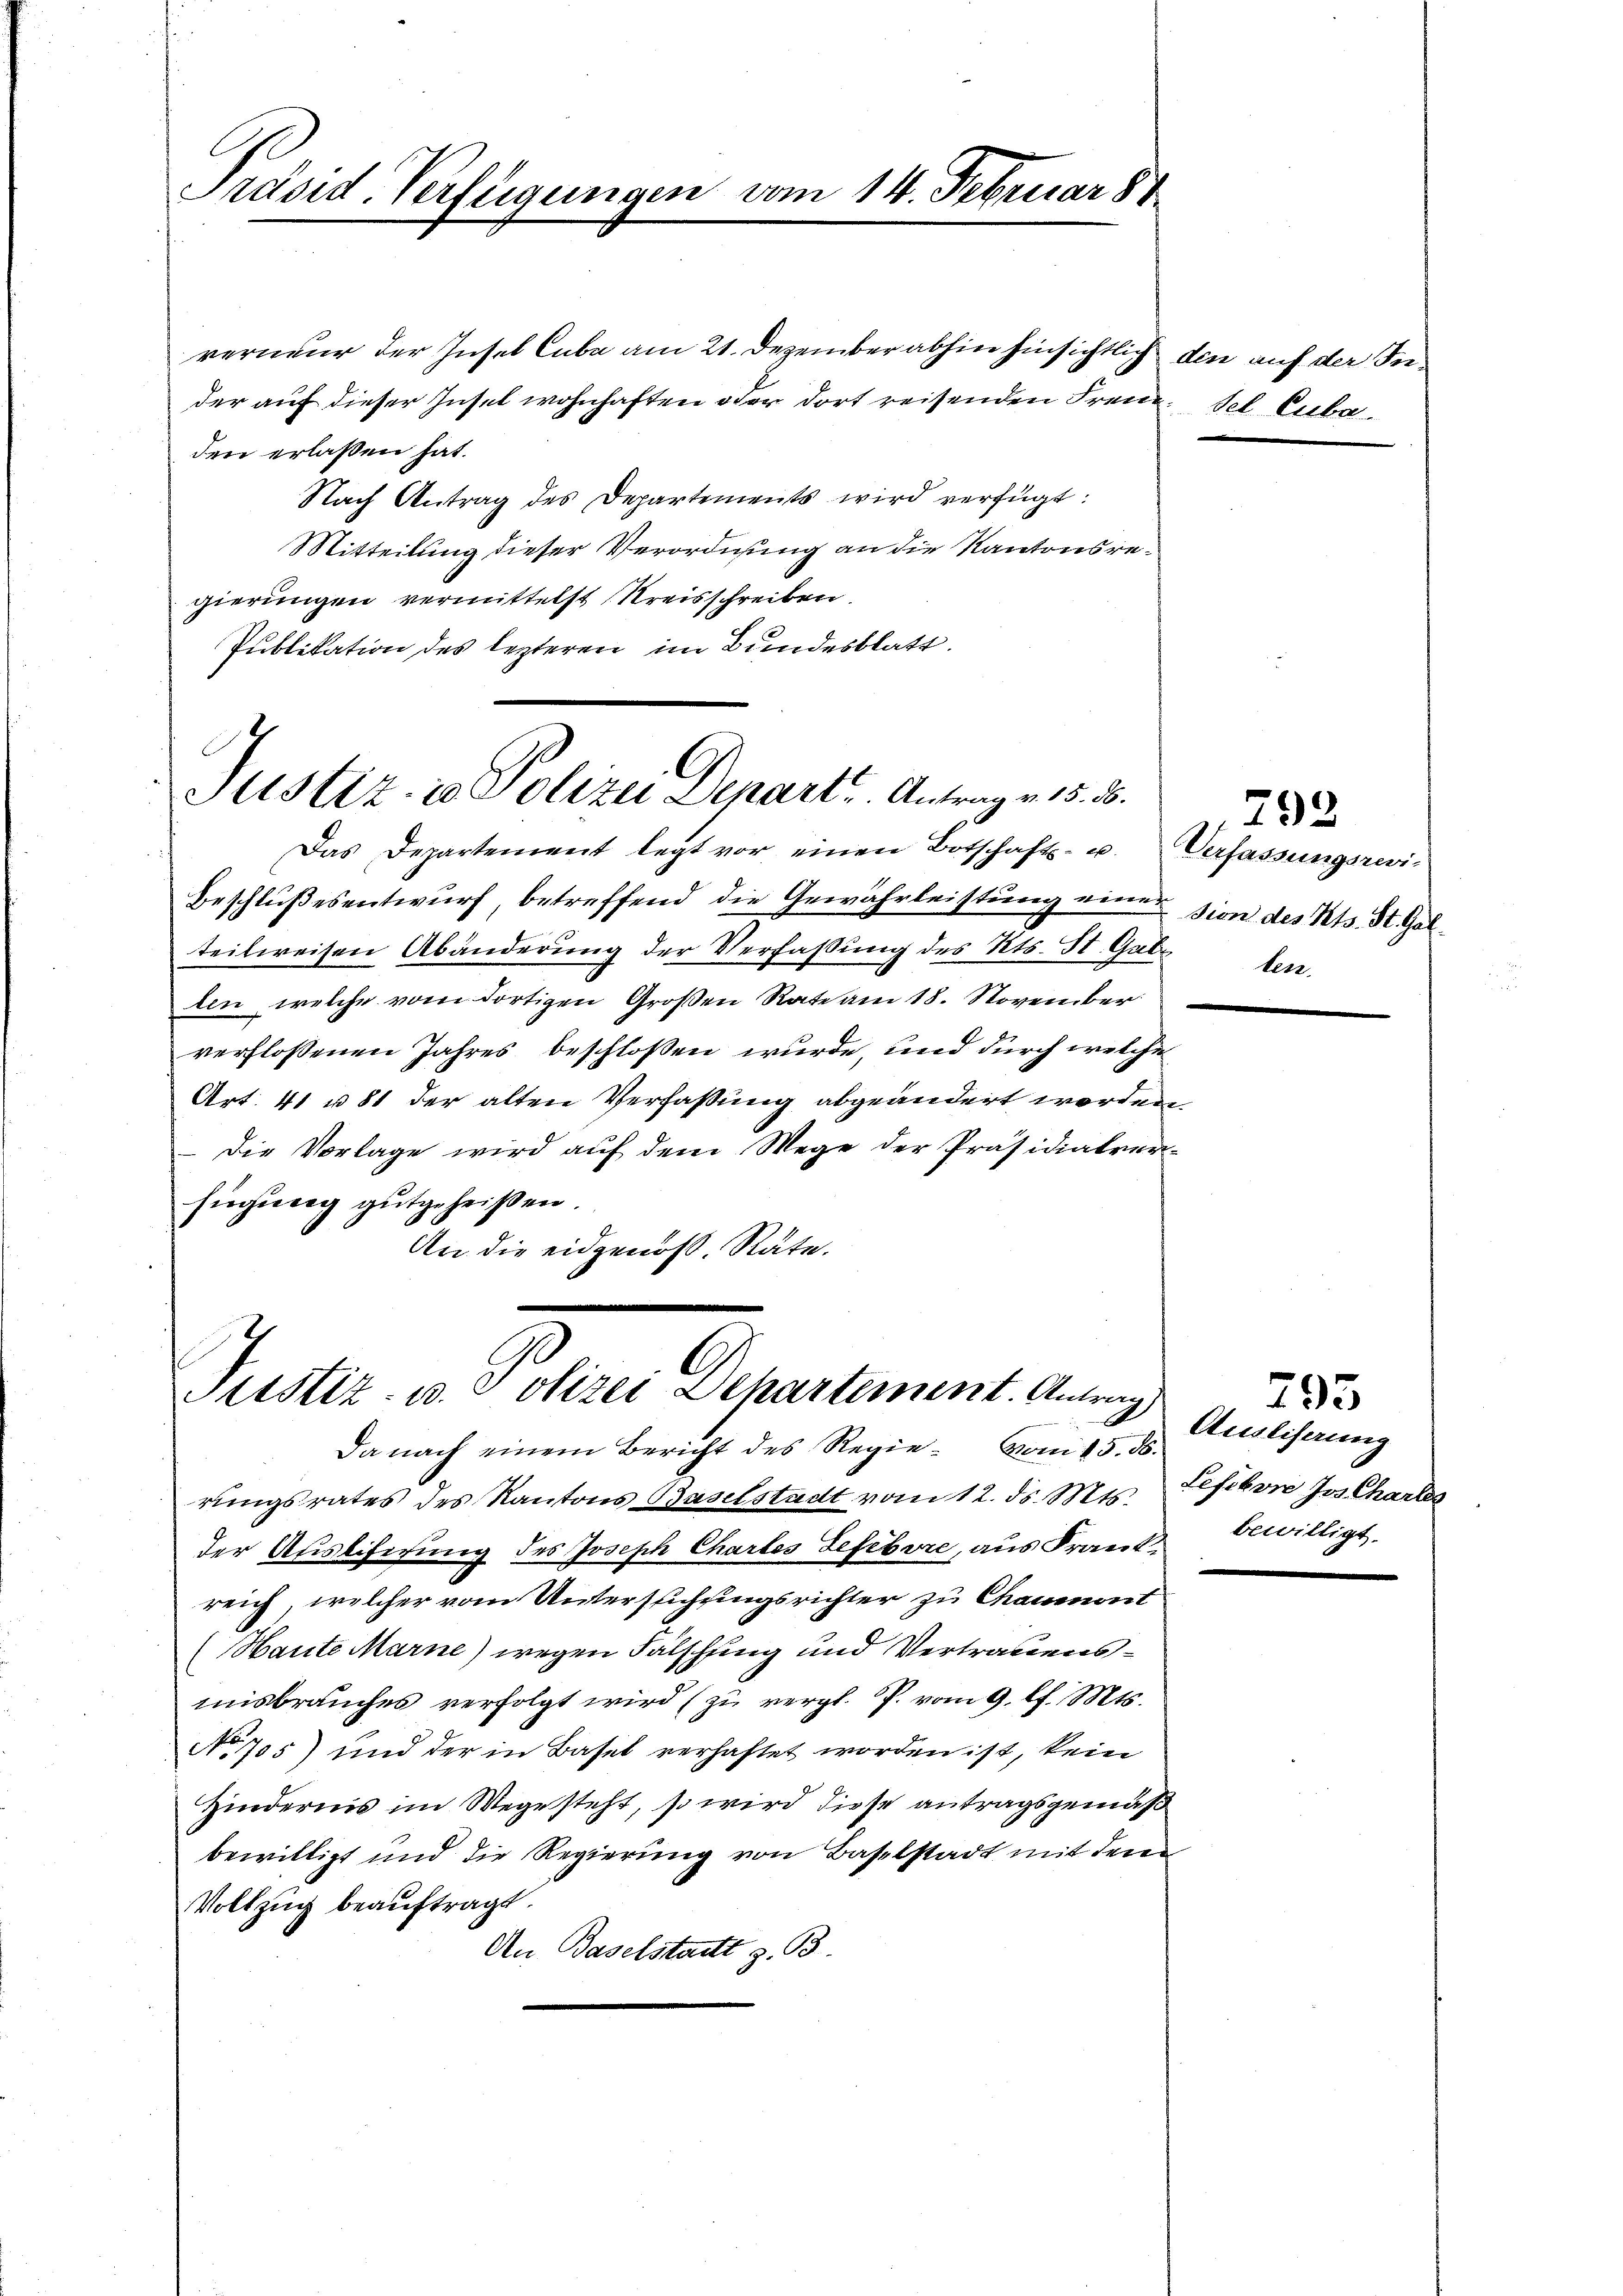
Präsid-Verfügungen

vom 14. Februar 84

verneur der Insel Cuba am 21. Dezember abhin hinsichtlich
der auf dieser Zuset wohnhaften oder dort reisenden Freuden erlaßen hat.
Nach Antrag des Departements wird verfügt:
Mitteilung dieser Verordnung an die Kantonsregierungen vermittelst Kreisschreiben.
Publikation des lezteren im Bundesblatt.

Justiz- & Polizei Depart Antrag v. 15. 38.
Das Departement legt vor einen Botschafts- u. Verfassungsrevi-

Justiz- u. Polizei Departement. Antrag
Da nach einem Bericht des Regie- vom 15. ds.

din auf der In¬
u. sel. Cuba

Beschlußesentwurf, betreffend die Gewährleistung einer sion des Kts. St. Galteilweisen Abänderung der Verfaßung des Kts. St. Gatzten.
len, welche vom dortigen Großen Rate am 18. November
verflossenen Jahres beschloßen wurde, und durch welche
Art. 41 u. 81 der alten Verfassung abgeändert worden,
die Vorlage wird auf dem Wege der Präsidialver-
fügung gutgeheißen.
An die eidgenoss. Räte.

rungsrates des Kantons Baselstadt vom 12. ds. Mts. Lefevre Jos. Chartes
der Auslieferung des Joseph Chartes Lefevre, aus Franz bewilligt.
reich, welcher vom Untersuchungsrichter zu Chaumont
(Haute Marne) wegen Falschling und Vertrauensmisbrauches verfolgt wird (zŭ vergl. P. vom 9. l. Mts.
No 705) und der in Basel verhaftet worden ist, kein
Hindernis im Wegesteht, so wird diese antragsgemäß
bewilligt und die Regierung von Baselstadt mit dem
Vollzug beauftragt.
An Baselstatt z. B.

792

293
Ausliserung